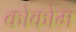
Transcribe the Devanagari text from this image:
कोकोम